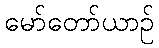
မော်တော်ယာဉ်